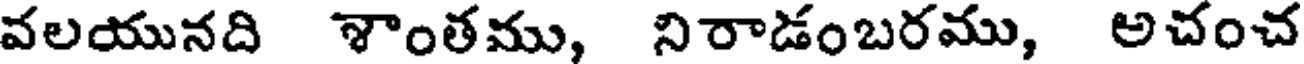
వలయునది శాంతము, నిరాడంబరము, అచంచ